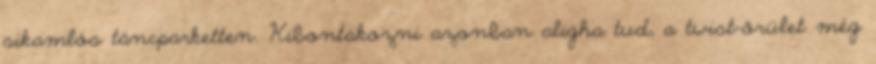
sikamlós táncparketten. Kibontakozni azonban aligha tud, a twist-őrület még